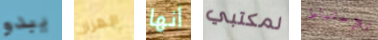
يبدو الهزاز أنها لمكتبي للإحتياط